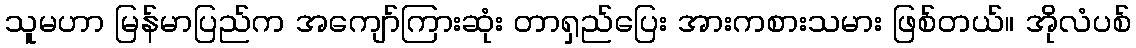
သူမဟာ မြန်မာပြည်က အကျော်ကြားဆုံး တာရှည်ပြေး အားကစားသမား ဖြစ်တယ်။ အိုလံပစ်